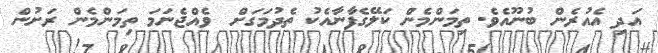
އަދި އެއުރެން ބުނޫއެވެ. ތިމަންމެން ކަލޭގެފާނާއެކު ތެދުމަގަށް  ވެއްޖެނަމަ ތިމަންމެން ރަށުން